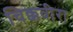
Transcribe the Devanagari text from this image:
चिक्कवीरा